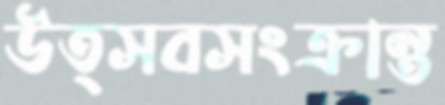
উত্সবসংক্রান্ত